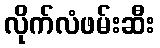
လိုက်လံဖမ်းဆီး